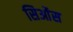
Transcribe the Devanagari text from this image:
सिओंस